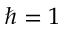
\hbar = 1